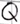
Text: Q